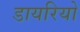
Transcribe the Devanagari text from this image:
डायरियो